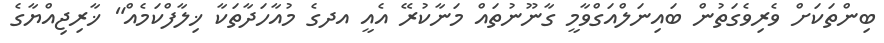
ބިންތަކަށް ވެރިވެގަތުން ބައިނަލްއަގްވާމީ ގާނޫނުތައް މަނާކުރޭ އެއީ އދގެ މުއާހަދާތަކާ ޚިލާފްކަމެއް" ޚާރިޖިއްޔާގެ